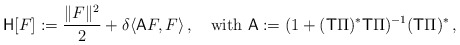
\begin{align*} \mathsf{H}[F] := \frac{\|F\|^2}{2} + \delta \langle \mathsf{A} F,F \rangle \,,\quad\mbox{with } \mathsf{A} := (1+(\mathsf{T}\Pi)^*\mathsf{T}\Pi)^{-1} (\mathsf{T}\Pi)^* \,,\end{align*}